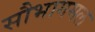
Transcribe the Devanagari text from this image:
सौभागमल